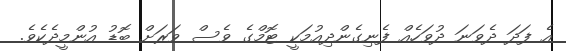
އެ ފަދަ ދެވަނަ ދުވަހެއް ފެނިގެންދިއުމަކީ ޓޮމްގެ ވެސް ވަރަށް ބޮޑު އުންމީދެކެވެ.